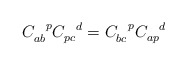
\begin{align*}C_{ab}^{~~p} C_{pc}^{~~d} = C_{bc}^{~~p}C_{ap}^{~~d} \end{align*}